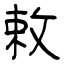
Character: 敕